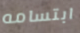
ابتسامه